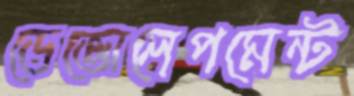
ডেভোলেপমেন্ট